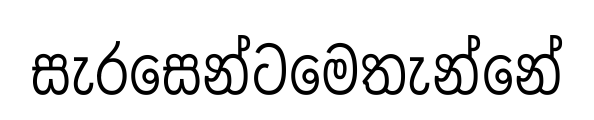
සැරසෙන්ටමෙතැන්නේ